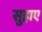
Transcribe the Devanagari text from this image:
सुहाए